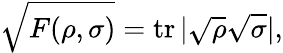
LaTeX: {\sqrt{F(\rho,\sigma)}}=\operatorname{tr}|{\sqrt{\rho}}{\sqrt{\sigma}}|,